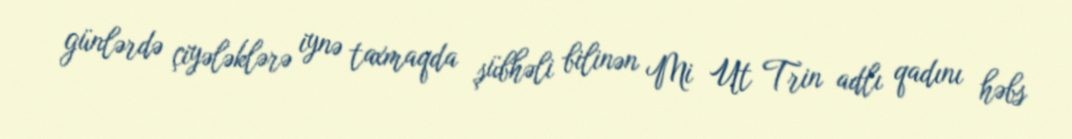
günlərdə çiyələklərə iynə taxmaqda şübhəli bilinən Mi Ut Trin adlı qadını həbs